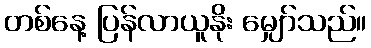
တစ်နေ့ ပြန်လာယူနိုး မျှော်သည်။